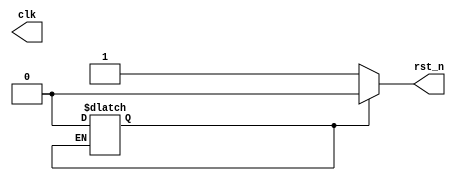
/////////////////////////////////
// 1GHz
// : Felix Qi
// 
// clk 	
// rst_n:	 
/////////////////////////////////

`timescale 1ps/1fs

module master_clock(output reg clk,output reg rst_n);

    parameter half_period = 500;
    parameter delay = 10;
    integer first;

    initial begin
		// Start the clock output to be logic 0 at t=0
		clk = 0;
		first = 1;
		rst_n = 1;
	//	$simplis_vpi_probe( clk );
    end

    always begin
	if ( first == 1 ) begin
	    // Change the clock output to be logic 1 at t=delay
	    #(delay) clk = ~clk;
	    first = 0;
		#(delay)rst_n = 0;
	end
	else begin
	    // After t=delay, toggle the clock output once for
	    //   every half period
		#(delay)rst_n = 1;
	    #(half_period) clk=~clk;
	end
    end

endmodule